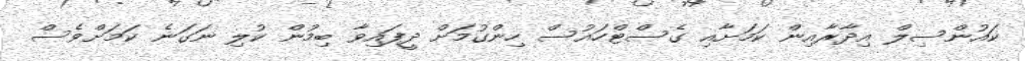
ކައުންސިލް އިދާރާއިން ކަމަށާއި ގެސްޓްހައުސް ހިންގުމަށް ދީފައިވާ ބިމުން ކުލި ނަގަނެ ކަމަށްވެސް